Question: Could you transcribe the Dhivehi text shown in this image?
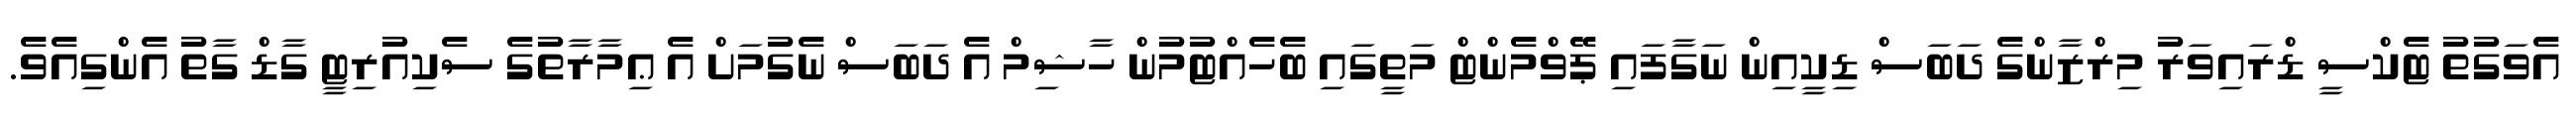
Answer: އެވަގުތު ޓެކްސީ ޑްރައިވަރު މިރްޒާންގެ ދަބަސް ޑިކީއިން ނަގާފައި ޕޭވްމެންޓް މަތީގައި ބެހެއްޓުމުން ހާޝިމް އެ ދަބަސް ނެގުމަށް އެ ޢިމާރާތުގެ ސެކިއުރިޓީ ގާޑް ގާތު އެންގިއެވެ.